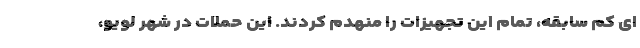
ای کم سابقه، تمام این تجهیزات را منهدم کردند. این حملات در شهر لویو،